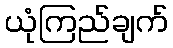
ယုံကြည်ချက်